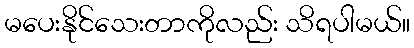
မပေးနိုင်သေးတာကိုလည်း သိရပါမယ်။